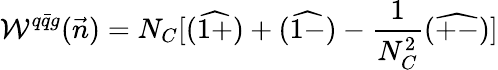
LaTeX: \mathcal{W}^{q\bar{{q}}g}(\vec{{n}})=N_{C}[(\widehat{{1+}})+(\widehat{{1-}})-\frac{{1}}{{N_{C}^{2}}}(\widehat{{+-}})]